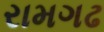
રામગઢ